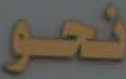
نحو